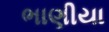
ભાણીયા